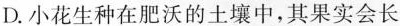
D.小花生种在肥沃的土壤中，其果实会长